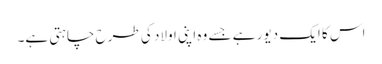
اس کا ایک دیور ہے جسے وہ اپنی اولاد کی طرح چاہتی ہے۔